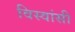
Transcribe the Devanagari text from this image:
विस्‍वांसी